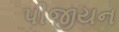
પીજીયન